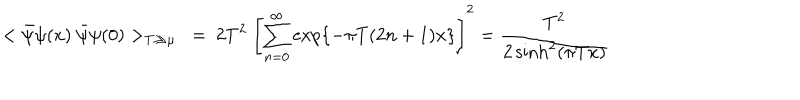
LaTeX: < \bar { \psi } \psi ( x ) ~ \bar { \psi } \psi ( 0 ) > _ { T \gg \mu } \ = \ 2 T ^ { 2 } \ \left[ \sum _ { n = 0 } ^ { \infty } \exp \{ - \pi T ( 2 n + 1 ) x \} \right] ^ { 2 } = \frac { T ^ { 2 } } { 2 \sinh ^ { 2 } ( \pi T x ) }